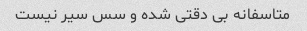
متاسفانه بی دقتی شده و سس سیر نیست